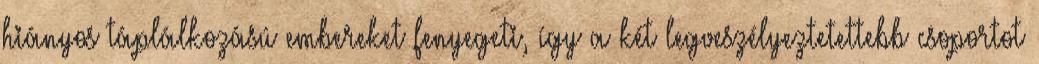
hiányos táplálkozású embereket fenyegeti, így a két legveszélyeztetettebb csoportot